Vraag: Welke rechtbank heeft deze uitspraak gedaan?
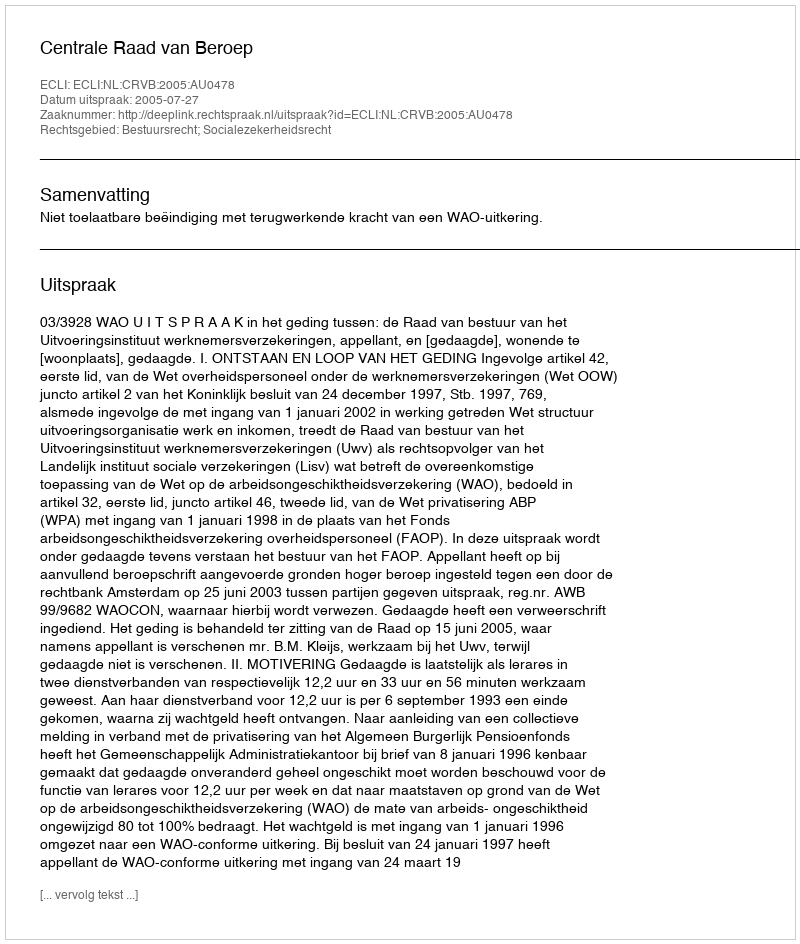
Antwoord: Centrale Raad van Beroep